[Report on the health of British troops in the Madras command]
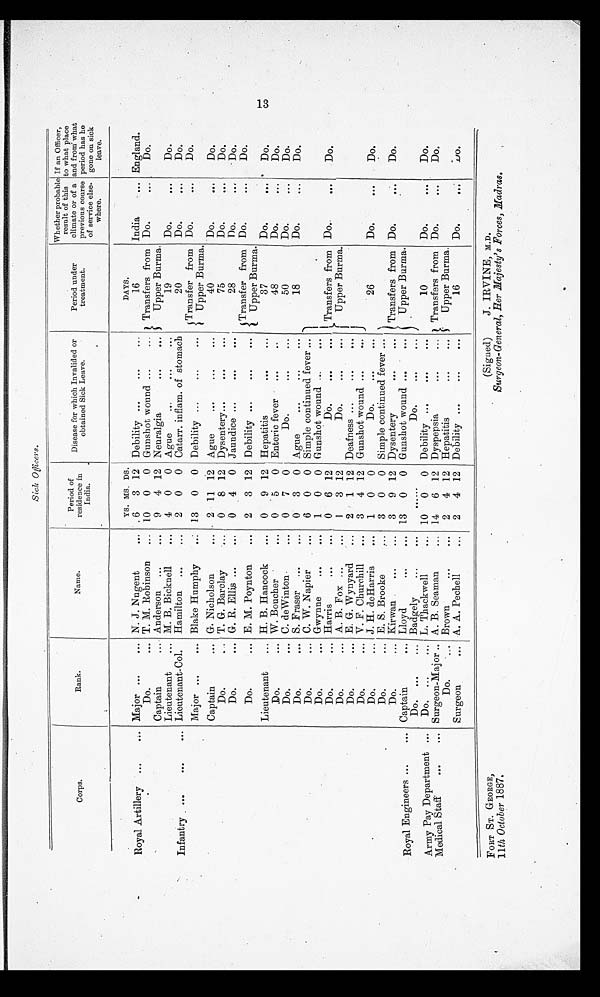
FORT ST. GEORGE,
11 th October 1887.
(Signed)
J. IRVINE, M.D.
Surgeon-General, Her Majesty's Forces, Madras.
Sick Officers.
Corps.
Rank.
Name.
Period of
residence in
India.
Disease for which Invalided or
obtained Sick Leave.
Period under
treatment.
Whether probable
result of this
climate or of a
previous course
of service else-
where.
If an Officer,
to what place
and from what
period has he
gone on sick
leave.
YS. MS. DS.
DAYS.
Royal Artillery ...
. . . Major ...
... N. J. Nugent
... 6
3 12 Debility ...
...
...
16
India
. . . England.
Do.
... T. M. Robinson ...
10
0
0 Gunshot wound ...
... Transfers from
Upper Burma.
Do.
Do.
Captain
Anderson ...
...
9
4 12 Neuralgia
. . .
. . .
Lieutenant
... M. B. Bicknell
...
4
0
0 Ague
...
. . .
. . .
19
Do
...
Do.
Infantry ...
. . .
... Lieutenant-Col.
Hamilton ...
...
2
0
0 Catarr. inflam. of stomach
20
Do.
. . .
Do.
Transfer from
Upper Burma.
Do.
. . .
Major ...
... Blake Humphy
... 13
0
0 Debility ...
. . .
. . .
Do.
Captain
... G. Nicholson
...
2 11 12 Ague
...
. . .
. . .
40
Do.
. . .
Do.
Do.
... T. G. Barclay
...
0
8 12 Dysentery...
...
. . .
75
Do.
...
Do.
Do.
... G. R. Ellis ...
...
0
4
0 Jaundice ...
...
. . .
28
Do.
...
Do.
Transfer f r om Upper Bur ma. Do.
. . .
Do.
. . . E. M. Poynton
...
2
3 12 Debility ...
. . .
. . .
Do.
Lieutenant
. . . H. B. Hancock
...
0
9 12 Hepatitis
...
...
Do.
37
Do.
. . .
Do.
... W. Boucher
...
0
5
0 Enteric fever ...
. .
48
Do.
. . .
Do.
Do.
... C. deWinton
...
0
7
0
Do.
. . .
...
50
Do.
. . .
Do.
Do.
... S. Fraser ...
...
0
3
0 Ague
...
. . .
. . .
18
Do.
. . .
Do.
Do.
... C. W. Napier
...
6
0
0 Simple continued fever ...
Transfers from
Upper Burma.
Do.
. . . Gwynne
...
...
1
0
0 Gunshot wound ...
. . .
Do.
. . . Harris
...
. . .
0
6 12
Do.
. . .
...
Do..
. . .
Do.
Do.
. . . A. B. Fox ...
...
1
3 12
Do.
. . .
. . .
Do.
. . . E. G. Wynyard
...
2
1 12 Deafness ...
. . .
. . .
Do.
. . . V. F. Churchill
...
3
4 12 Gunshot wound ...
. . .
Do.
... J. H. deHarris
...
1
0
0
Do.
. . .
. . .
26
Do.
. . .
Do.
Do.
... E. S. Brooke
...
3
0
0 Simple continued fever ...
Transfers from
Upper Burma.
Do.
...
Kirwan
...
...
3
9 12 Dysentery
...
...
Do
. . .
Do.
Royal Engineers ...
... Captain
. . . Lloyd
...
. . . 13
0
0 Gunshot wound ...
. . .
Do . ...
... Badgely
...
. . .
. . .
Do.
. . .
. . .
Army Pay Department ...
Do. ...
... L. Thackwell
... 10
0
0 Debility ...
. . .
. . .
10
Do.
. . .
Do.
Medical Staff
. . .
... Surgeon-Major .. A. B. Seaman
... 14
6 12 Dyspepsia
. . .
. . .
Transfers from
Upper Burma.
Do.
. . .
Do.
Do.
... Brown
...
...
2
4 12 Hepatitis
. . .
. . .
Surgeon
... A. A. Pechell
...
2
4 12 Debility ...
. . .
...
16
Do.
. . .
Do.
13